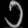
Digit: ၁